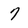
Character: 7